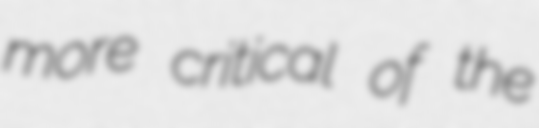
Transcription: more critical of the